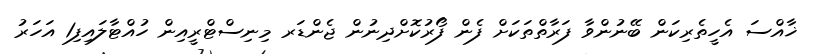
ޚާއްސަ އެހީތެރިކަން ބޭނުންވާ ފަރާތްތަކަށް ފެން ފޯރުކޮށްދިނުން ޖެންޑަރ މިނިސްޓްރީއިން ހުއްޓާލައިފި1 އަހަރު